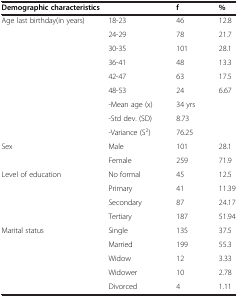
<table><thead><tr><td colspan="2"><b>Demographic characteristics</b></td><td><b>f</b></td><td><b>%</b></td></tr></thead><tbody><tr><td rowspan="9">Age last birthday(in years)</td><td>18-23</td><td>46</td><td>12.8</td></tr><tr><td>24-29</td><td>78</td><td>21.7</td></tr><tr><td>30-35</td><td>101</td><td>28.1</td></tr><tr><td>36-41</td><td>48</td><td>13.3</td></tr><tr><td>42-47</td><td>63</td><td>17.5</td></tr><tr><td>48-53</td><td>24</td><td>6.67</td></tr><tr><td>-Mean age (x)</td><td>34 yrs</td><td>[EMPTY_CELL]</td></tr><tr><td>-Std dev. (SD)</td><td>8.73</td><td>[EMPTY_CELL]</td></tr><tr><td>-Variance (S<sup>2</sup>)</td><td>76.25</td><td>[EMPTY_CELL]</td></tr><tr><td rowspan="2">Sex</td><td>Male</td><td>101</td><td>28.1</td></tr><tr><td>Female</td><td>259</td><td>71.9</td></tr><tr><td rowspan="4">Level of education</td><td>No formal</td><td>45</td><td>12.5</td></tr><tr><td>Primary</td><td>41</td><td>11.39</td></tr><tr><td>Secondary</td><td>87</td><td>24.17</td></tr><tr><td>Tertiary</td><td>187</td><td>51.94</td></tr><tr><td rowspan="4">Marital status</td><td>Single</td><td>135</td><td>37.5</td></tr><tr><td>Married</td><td>199</td><td>55.3</td></tr><tr><td>Widow</td><td>12</td><td>3.33</td></tr><tr><td>Widower</td><td>10</td><td>2.78</td></tr><tr><td>[EMPTY_CELL]</td><td>Divorced</td><td>4</td><td>1.11</td></tr></tbody></table>